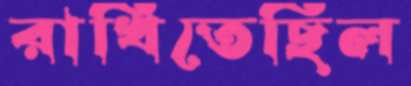
রাখিতেছিল